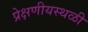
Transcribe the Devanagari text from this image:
प्रेक्षणीयस्थळी